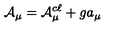
{ \cal A } _ { \mu } = { \cal A } _ { \mu } ^ { c \ell } + g a _ { \mu }